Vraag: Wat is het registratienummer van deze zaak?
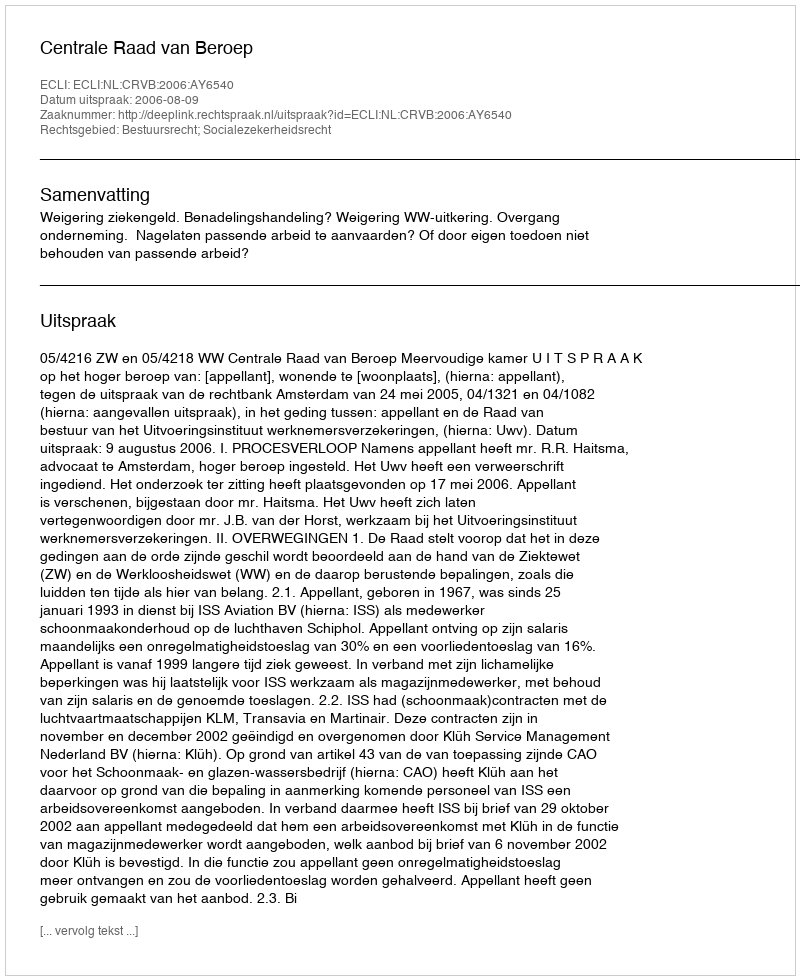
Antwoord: http://deeplink.rechtspraak.nl/uitspraak?id=ECLI:NL:CRVB:2006:AY6540